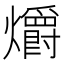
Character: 爝